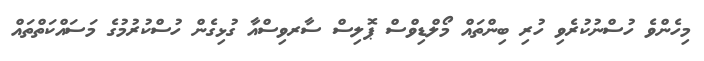
މިހެންވެ ހުސްނުކުރެވި ހުރި ބިންތައް މޯލްޑިވްސް ޕޮލިސް ސާރވިސްއާ ގުޅިގެން ހުސްކުރުމުގެ މަސައްކަތްތައް